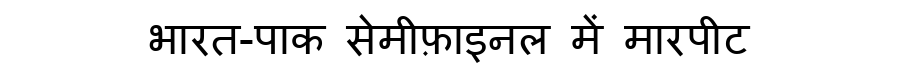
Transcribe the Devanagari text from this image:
भारत-पाक सेमीफ़ाइनल में मारपीट